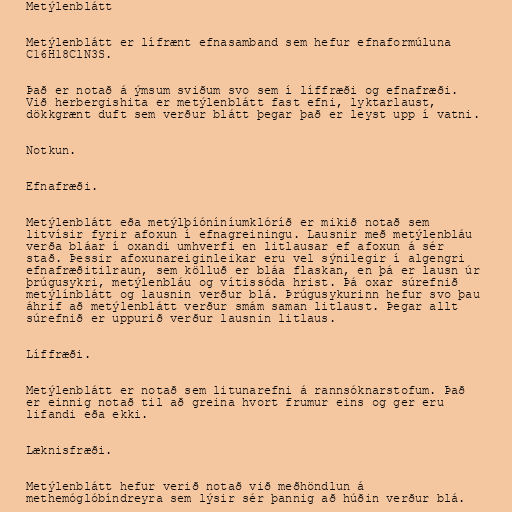
Metýlenblátt

Metýlenblátt er lífrænt efnasamband sem hefur efnaformúluna
C16H18ClN3S.

Það er notað á ýmsum sviðum svo sem í líffræði og efnafræði.
Við herbergishita er metýlenblátt fast efni, lyktarlaust,
dökkgrænt duft sem verður blátt þegar það er leyst upp í vatni.

Notkun.

Efnafræði.

Metýlenblátt eða metýlþíóníníumklóríð er mikið notað sem
litvísir fyrir afoxun í efnagreiningu. Lausnir með metýlenbláu
verða bláar í oxandi umhverfi en litlausar ef afoxun á sér
stað. Þessir afoxunareiginleikar eru vel sýnilegir í algengri
efnafræðitilraun, sem kölluð er bláa flaskan, en þá er lausn úr
þrúgusykri, metýlenbláu og vítissóda hrist. Þá oxar súrefnið
metýlínblátt og lausnin verður blá. Þrúgusykurinn hefur svo þau
áhrif að metýlenblátt verður smám saman litlaust. Þegar allt
súrefnið er uppurið verður lausnin litlaus.

Líffræði.

Metýlenblátt er notað sem litunarefni á rannsóknarstofum. Það
er einnig notað til að greina hvort frumur eins og ger eru
lifandi eða ekki.

Læknisfræði.

Metýlenblátt hefur verið notað við meðhöndlun á
methemóglóbíndreyra sem lýsir sér þannig að húðin verður blá.